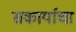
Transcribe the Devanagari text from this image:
सकार्याचा